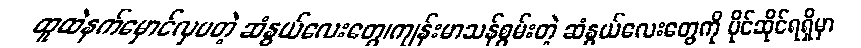
ထူထဲနက်မှောင်လှပတဲ့ ဆံနွယ်လေးတွေ၊ကျန်းမာသန်စွမ်းတဲ့ ဆံနွယ်လေးတွေကို ပိုင်ဆိုင်ရရှိမှာ